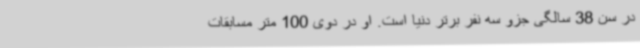
در سن 38 سالگی جزو سه نفر برتر دنیا است. او در دوی 100 متر مسابقات